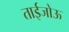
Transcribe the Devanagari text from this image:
ताईजोऊ